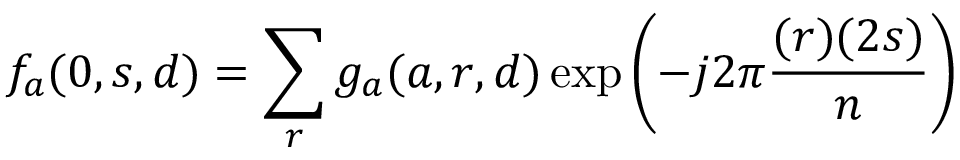
f _ { a } ( 0 , s , d ) = \sum _ { r } g _ { a } ( a , r , d ) \exp \left( - j 2 \pi { \frac { ( r ) ( 2 s ) } { n } } \right)